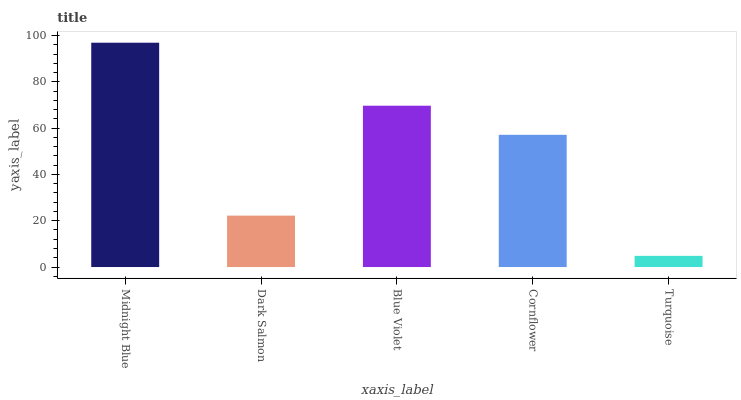
| xaxis_label | bars |
 | --- | --- |
 | Midnight Blue | 96.9 |
 | Dark Salmon | 22.2 |
 | Blue Violet | 69.7 |
 | Cornflower | 57.1 |
 | Turquoise | 4.83 |